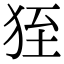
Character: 𤞂